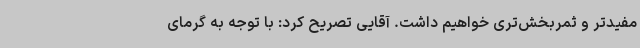
مفیدتر و ثمربخش‌تری خواهیم داشت. آقایی تصریح کرد: با توجه به گرمای